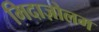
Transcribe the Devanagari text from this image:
मिदाज़ोलम